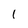
Character: l